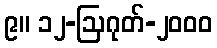
၉။ ၁၂-ဩဂုတ်-၂၀၀၀